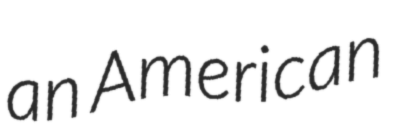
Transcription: an American